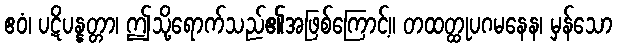
ဧဝံ၊ ပဋိပန္နတ္တာ၊ ဤသို့ရောက်သည်၏အဖြစ်ကြောင့်။ တထတ္ထုပဂမနေန၊ မှန်သော